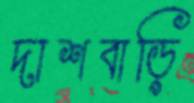
দাশবাড়ি